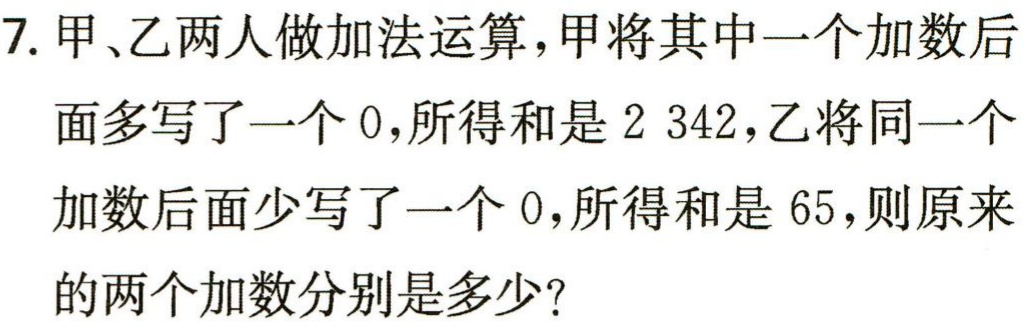
7. 甲、乙两人做加法运算，甲将其中一个加数后面多写了一个 0，所得和是 2 342，乙将同一个加数后面少写了一个 0，所得和是 65，则原来的两个加数分别是多少？